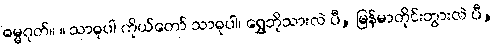
ဓမ္မဂုတ်။ ။ သာဓုပါ ကိုယ်တော် သာဓုပါ၊ ရွှေဘိုသားလဲ ပီ, မြန်မာတိုင်းဘွားလဲ ပီ,